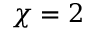
\chi = 2